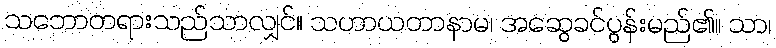
သဘောတရားသည်သာလျှင်။ သဟာယတာနာမ၊ အဆွေခင်ပွန်းမည်၏။ သာ၊